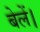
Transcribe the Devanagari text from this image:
बेलें।